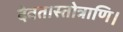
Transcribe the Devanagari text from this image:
देवतास्तोत्राणि।